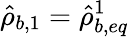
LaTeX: \hat{\rho}_{b,1}=\hat{\rho}_{b,eq}^{1}